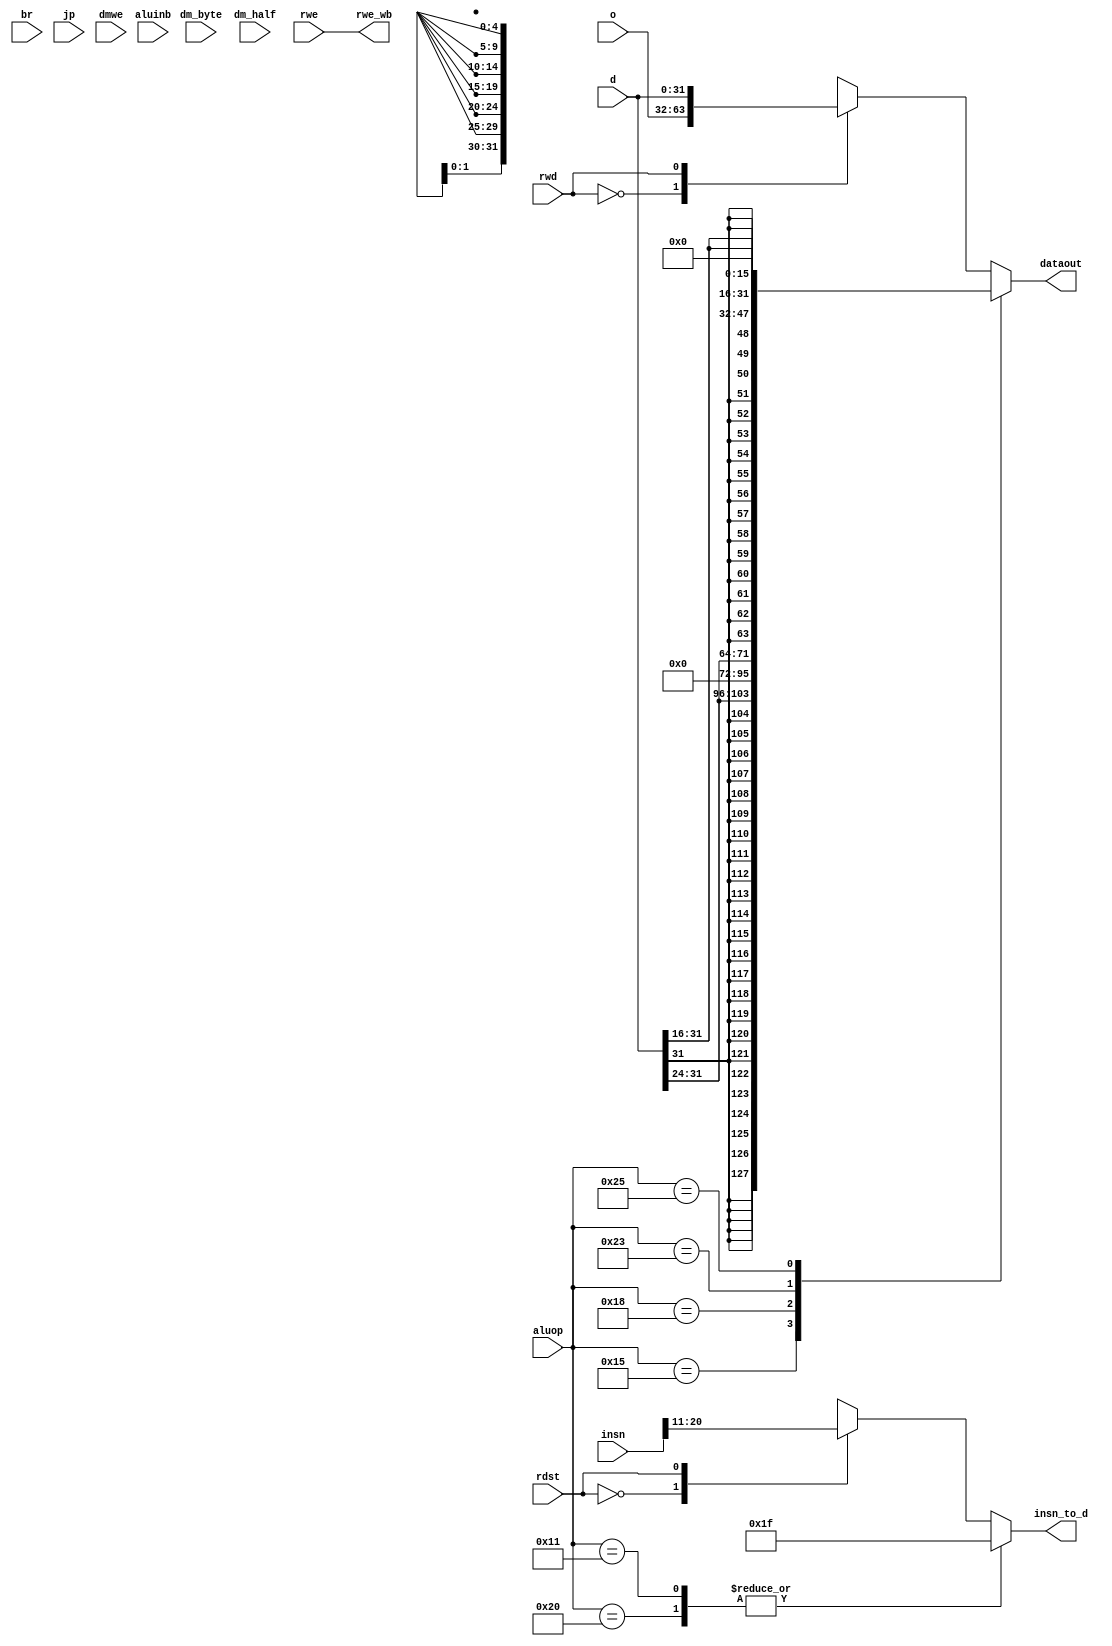
module writeback(o, d, dataout, insn, br, jp, aluinb, aluop, dmwe, rwe, rdst, rwd, dm_byte, dm_half, insn_to_d, rwe_wb);

parameter JAL_OP    = 6'b100000;
parameter JALR_OP   = 6'b010001;
parameter LB_OP     = 6'b010101;
parameter LBU_OP    = 6'b011000;
parameter LH_OP     = 6'b100011;
parameter SH_OP     = 6'b100100;
parameter LHU_OP    = 6'b100101;

// Input Ports
input wire [31:0] o; //Data Out of ALU (not a mem operation)
input wire [31:0] d; //Data Out of DMEM 
input wire [31:0] insn;

// Input Control Signal Ports
input wire br;
input wire jp;
input wire aluinb;
input wire [5:0] aluop;
input wire dmwe;
input wire rwe;
input wire rdst;
input wire rwd;
input wire dm_byte;
input wire dm_half;

// Output Data Ports
output reg [31:0] dataout;
output reg [4:0] insn_to_d; // input d to regfile based on insn in writeback stage
output reg rwe_wb;

always @(insn, rwd, rdst, aluop)
begin : WRITEBACK

    // Determine if the data to be written back is from DMEM or ALU
    case (rwd)
        1'b0: dataout <= o; // ALU operation (output data from ALU to REGFILE)
        1'b1: dataout <= d; // DATA MEMORY operation (output data from DMEM to REGFILE)
    endcase
    
    // Determine if the destination register is Rt or Rd
    case (rdst)
        1'b0: insn_to_d <= insn[20:16]; //rt
        1'b1: insn_to_d <= insn[15:11]; //rd
    endcase

    // Writeback conditions for special cases
    case(aluop)
        LB_OP: dataout <= { { 24{ d[31] } }, d[31:24] };
        LBU_OP: dataout <= { { 24{ 1'b0 } }, d[31:24] };
        LH_OP: dataout <= { { 16{ d[31] } }, d[31:16] };
        LHU_OP: dataout <= { { 16{ 1'b0 } }, d[31:16] };
        JAL_OP: insn_to_d <= 5'h1F;
        JALR_OP: insn_to_d <= 5'h1F;
    endcase 

    // Output control signal to control the rwe port of Register File inside DECODE module
    rwe_wb <= rwe;
end

endmodule